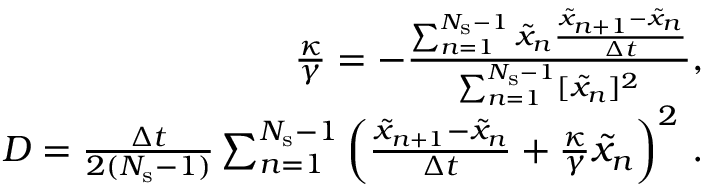
\begin{array} { r } { \frac { \kappa } { \gamma } = - \frac { \sum _ { n = 1 } ^ { N _ { \mathrm { s } } - 1 } \tilde { x } _ { n } \frac { \tilde { x } _ { n + 1 } - \tilde { x } _ { n } } { \Delta t } } { \sum _ { n = 1 } ^ { N _ { \mathrm { s } } - 1 } [ \tilde { x } _ { n } ] ^ { 2 } } , } \\ { D = \frac { \Delta t } { 2 ( N _ { \mathrm { s } } - 1 ) } \sum _ { n = 1 } ^ { N _ { \mathrm { s } } - 1 } \left( \frac { \tilde { x } _ { n + 1 } - { \tilde { x } _ { n } } } { \Delta t } + \frac { \kappa } { \gamma } \tilde { x } _ { n } \right) ^ { 2 } \, . } \end{array}